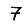
Digit: 7